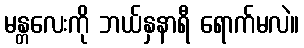
မန္တလေးကို ဘယ်နှနာရီ ရောက်မလဲ။